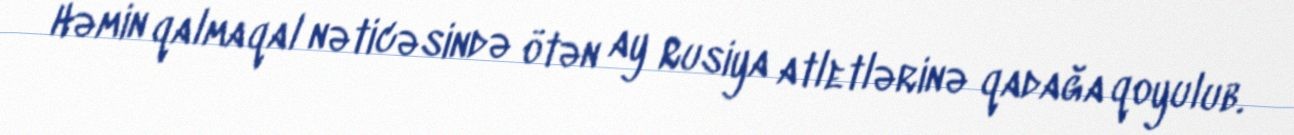
Həmin qalmaqal nəticəsində ötən ay Rusiya atletlərinə qadağa qoyulub.